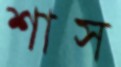
শাস